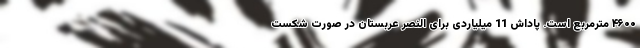
۴۶۰۰ مترمربع است. پاداش 11 میلیاردی برای النصر عربستان در صورت شکست